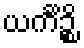
ယင်္ကိဉ္စိ